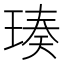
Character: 𬍴